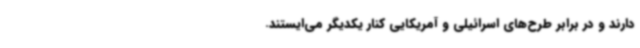
دارند و در برابر طرح‌های اسرائیلی و آمریکایی کنار یکدیگر می‌ایستند.